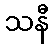
သနီ